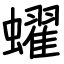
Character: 蠗